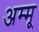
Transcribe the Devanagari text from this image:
अम्मू